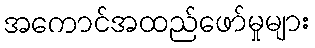
အကောင်အထည်ဖော်မှုများ